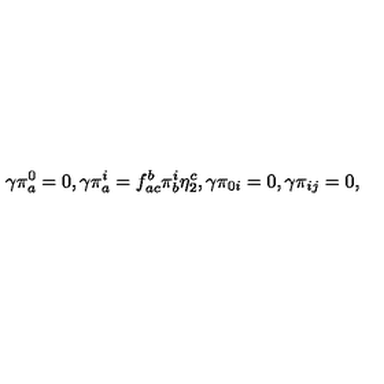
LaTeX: \gamma \pi _ { a } ^ { 0 } = 0 , \gamma \pi _ { a } ^ { i } = f _ { a c } ^ { b } \pi _ { b } ^ { i } \eta _ { 2 } ^ { c } , \gamma \pi _ { 0 i } = 0 , \gamma \pi _ { i j } = 0 ,